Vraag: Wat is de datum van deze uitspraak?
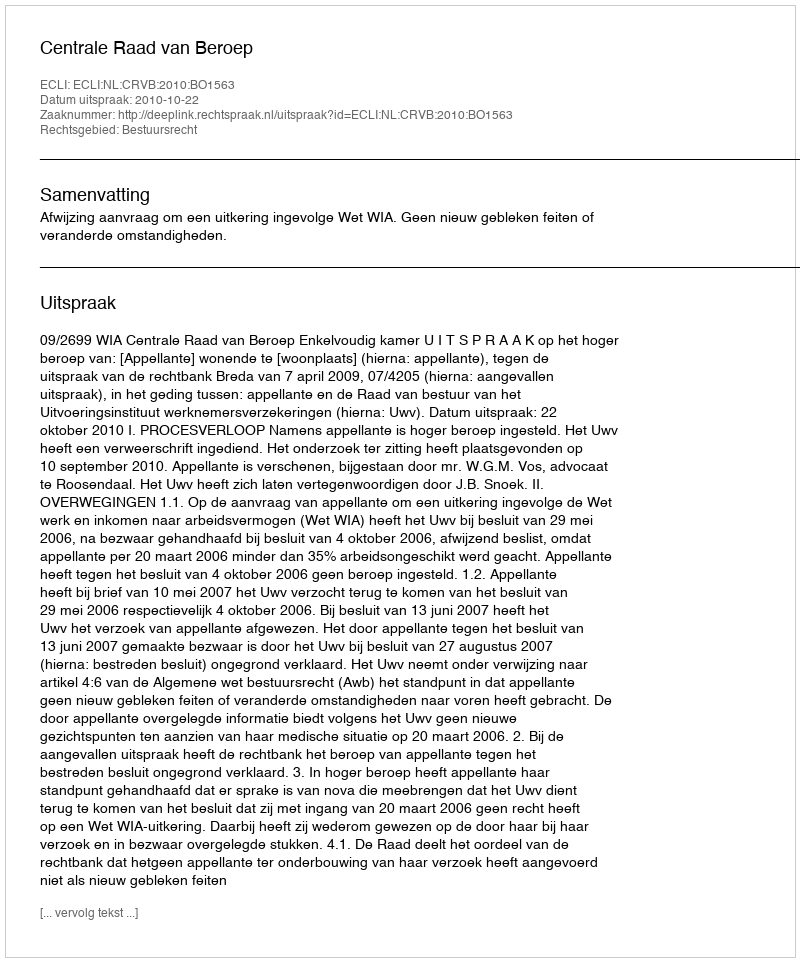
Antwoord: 2010-10-22